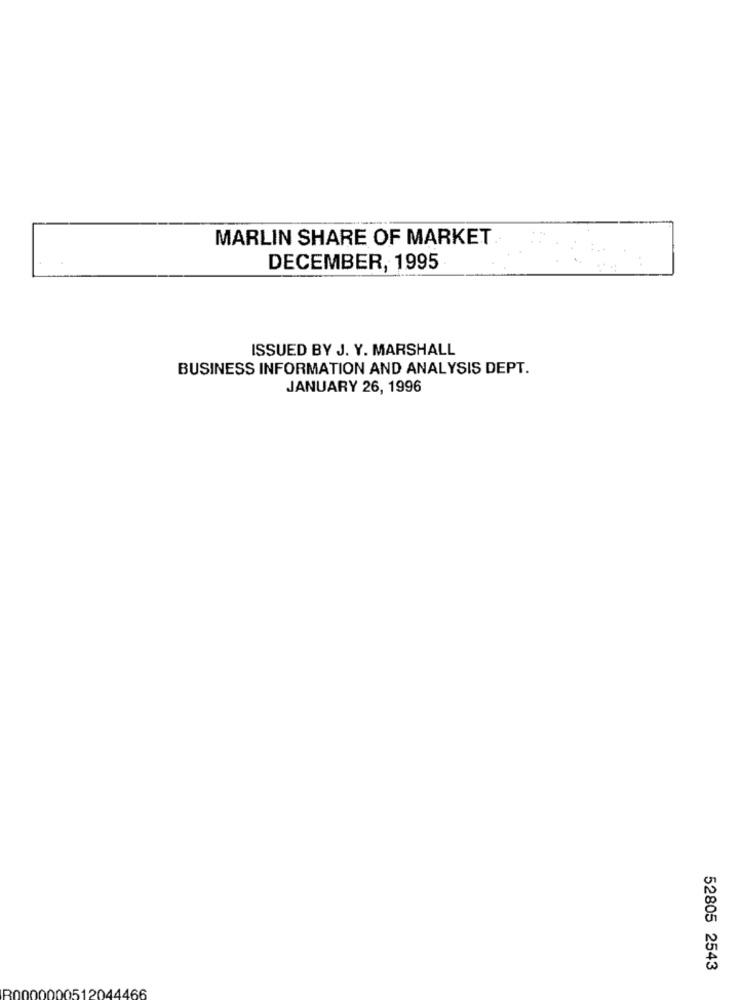
MARLIN SHARE OF MARKET
DECEMBER, 1995
ISSUED BY J. Y. MARSHALL
BUSINESS INFORMATION AND ANALYSIS DEPT.
JANUARY 26, 1996
52805 2543